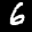
Label: 6